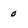
Character: 0